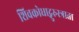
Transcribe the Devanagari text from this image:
शिवक्रोधाद्गुरुस्त्राता